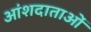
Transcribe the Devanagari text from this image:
आंशदाताओं